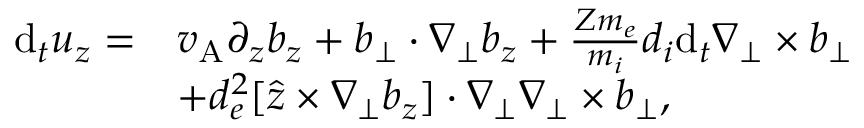
\begin{array} { r l } { \mathrm { d } _ { t } u _ { z } = } & { v _ { \mathrm { A } } \partial _ { z } b _ { z } + \boldsymbol { b } _ { \perp } \cdot \nabla _ { \perp } b _ { z } + \frac { Z m _ { e } } { m _ { i } } d _ { i } \mathrm { d } _ { t } \nabla _ { \perp } \times \boldsymbol { b } _ { \perp } } \\ & { + d _ { e } ^ { 2 } [ \hat { \boldsymbol { z } } \times \nabla _ { \perp } b _ { z } ] \cdot \nabla _ { \perp } \nabla _ { \perp } \times \boldsymbol { b } _ { \perp } , } \end{array}